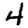
Digit: 4